Report on sanitation, dispensaries, and jails in Rajputana for 1911, and on vaccination for the year 1911-1912 - 1911-1912
Year: 1911
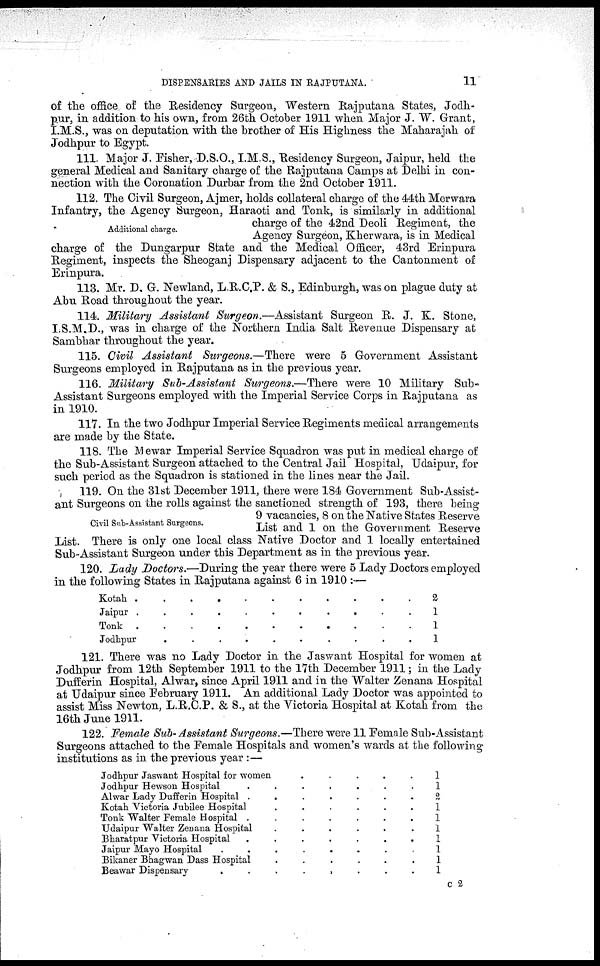
DISPENSARIES AND JAILS IN RAJPUTANA.
11
of the office of the Residency Surgeon, Western Rajputana States, Jodh-
pur, in addition to his own, from 26th October 1911 when Major J. W. Grant,
I.M.S., was on deputation with the brother of His Highness the Maharajah of
Jodhpur to Egypt.
111. Major J. Fisher, D.S.O., I.M.S., Residency Surgeon, Jaipur, held the
general Medical and Sanitary charge of the Rajputana Camps at Delhi in con-
nection with the Coronation Durbar from the 2nd October 1911.
Additional charge.
112. The Civil Surgeon, Ajmer, holds collateral charge of the 44th Merwara
Infantry, the Agency Surgeon, Haraoti and Tonk, is similarly in additional
charge of the 42nd Deoli Regiment, the
Agency Surgeon, Kherwara, is in Medical
charge of the Dungarpur State and the Medical Officer, 43rd Erinpura
Regiment, inspects the Sheoganj Dispensary adjacent to the Cantonment of
Erinpura.
113. Mr. D. G. Newland, L.R.C.P. & S., Edinburgh, was on plague duty at
Abu Road throughout the year.
114. Military Assistant Surgeon.—Assistant Surgeon R. J. K. Stone,
I.S.M.D., was in charge of the Northern India Salt Revenue Dispensary at
Sambhar throughout the year.
115. Civil Assistant Surgeons.—There were 5 Government Assistant
Surgeons employed in Rajputana as in the previous year.
116. Military Sub-Assistant Surgeons.—There were 10 Military Sub-
Assistant Surgeons employed with the Imperial Service Corps in Rajputana as
in 1910.
117. In the two Jodhpur Imperial Service Regiments medical arrangements
are made by the State.
118. The Mewar Imperial Service Squadron was put in medical charge of
the Sub-Assistant Surgeon attached to the Central Jail Hospital, Udaipur, for
such period as the Squadron is stationed in the lines near the Jail.
Civil Sub-Assistant Surgeons.
119. On the 31st December 1911, there were 184 Government Sub-Assist-
ant Surgeons on the rolls against the sanctioned strength of 193, there being
9 vacancies, 8 on the Native States Reserve
List and 1 on the Government Reserve
List. There is only one local class Native Doctor and 1 locally entertained
Sub-Assistant Surgeon under this Department as in the previous year.
120. Lady Doctors.—During the year there were 5 Lady Doctors employed
in the following States in Rajputana against 6 in 1910 :—
Kotah
.
.
.
.
.
.
.
.
Jaipur
.
.
.
.
.
.
.
.
.
.
Tonk
.
.
.
.
.
.
.
Jodhpur
.
.
.
.
.
.
2
1
1
1
121. There was no Lady Doctor in the Jaswant Hospital for women at
Jodhpur from 12th September 1911 to the 17th December 1911; in the Lady
Dufferin Hospital, Alwar, since April 1911 and in the Walter Zenana Hospital
at Udaipur since February 1911. An additional Lady Doctor was appointed to
assist Miss Newton, L.R.C.P. & S., at the Victoria Hospital at Kotah from the
16th June 1911.
122. Female Sub-Assistant Surgeons.—There were 11 Female Sub-Assistant
Surgeons attached to the Female Hospitals and women's wards at the following
institutions as in the previous year :—
Jodhpur Jaswant Hospital for women
.
.
.
.
Jodhpur Hewson Hospital
.
.
.
.
Alwar Lady Dufferin Hospital
.
.
.
.
Kotah Victoria Jubilee Hospital
.
.
.
.
Tonk Walter Female Hospital
.
.
.
.
Udaipur Walter Zenana Hospital
.
.
.
.
Bharatpur Victoria Hospital
.
.
.
.
Jaipur Mayo Hospital
.
.
.
.
Bikaner Bhagwan Dass Hospital
.
.
.
.
Beawar Dispensary
.
.
.
.
1
1
2
1
1
1
1
1
1
1
c 2